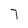
Character: 7